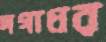
দগাধর